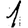
Digit: 1